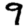
Digit: 9